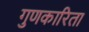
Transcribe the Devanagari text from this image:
गुणकारिता